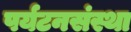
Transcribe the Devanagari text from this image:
पर्यटनसंस्था